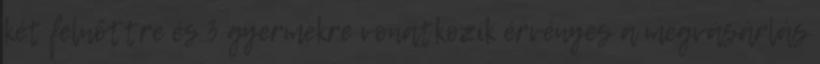
két felnőttre és 3 gyermekre vonatkozik érvényes a megvásárlás